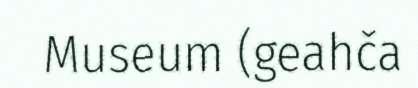
Museum (geahča